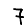
Digit: 7